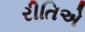
રીતિએ